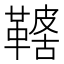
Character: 𩌤